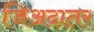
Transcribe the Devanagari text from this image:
जिअदातर